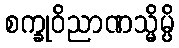
စက္ခုဝိညာဏသ္မိမ္ပိ